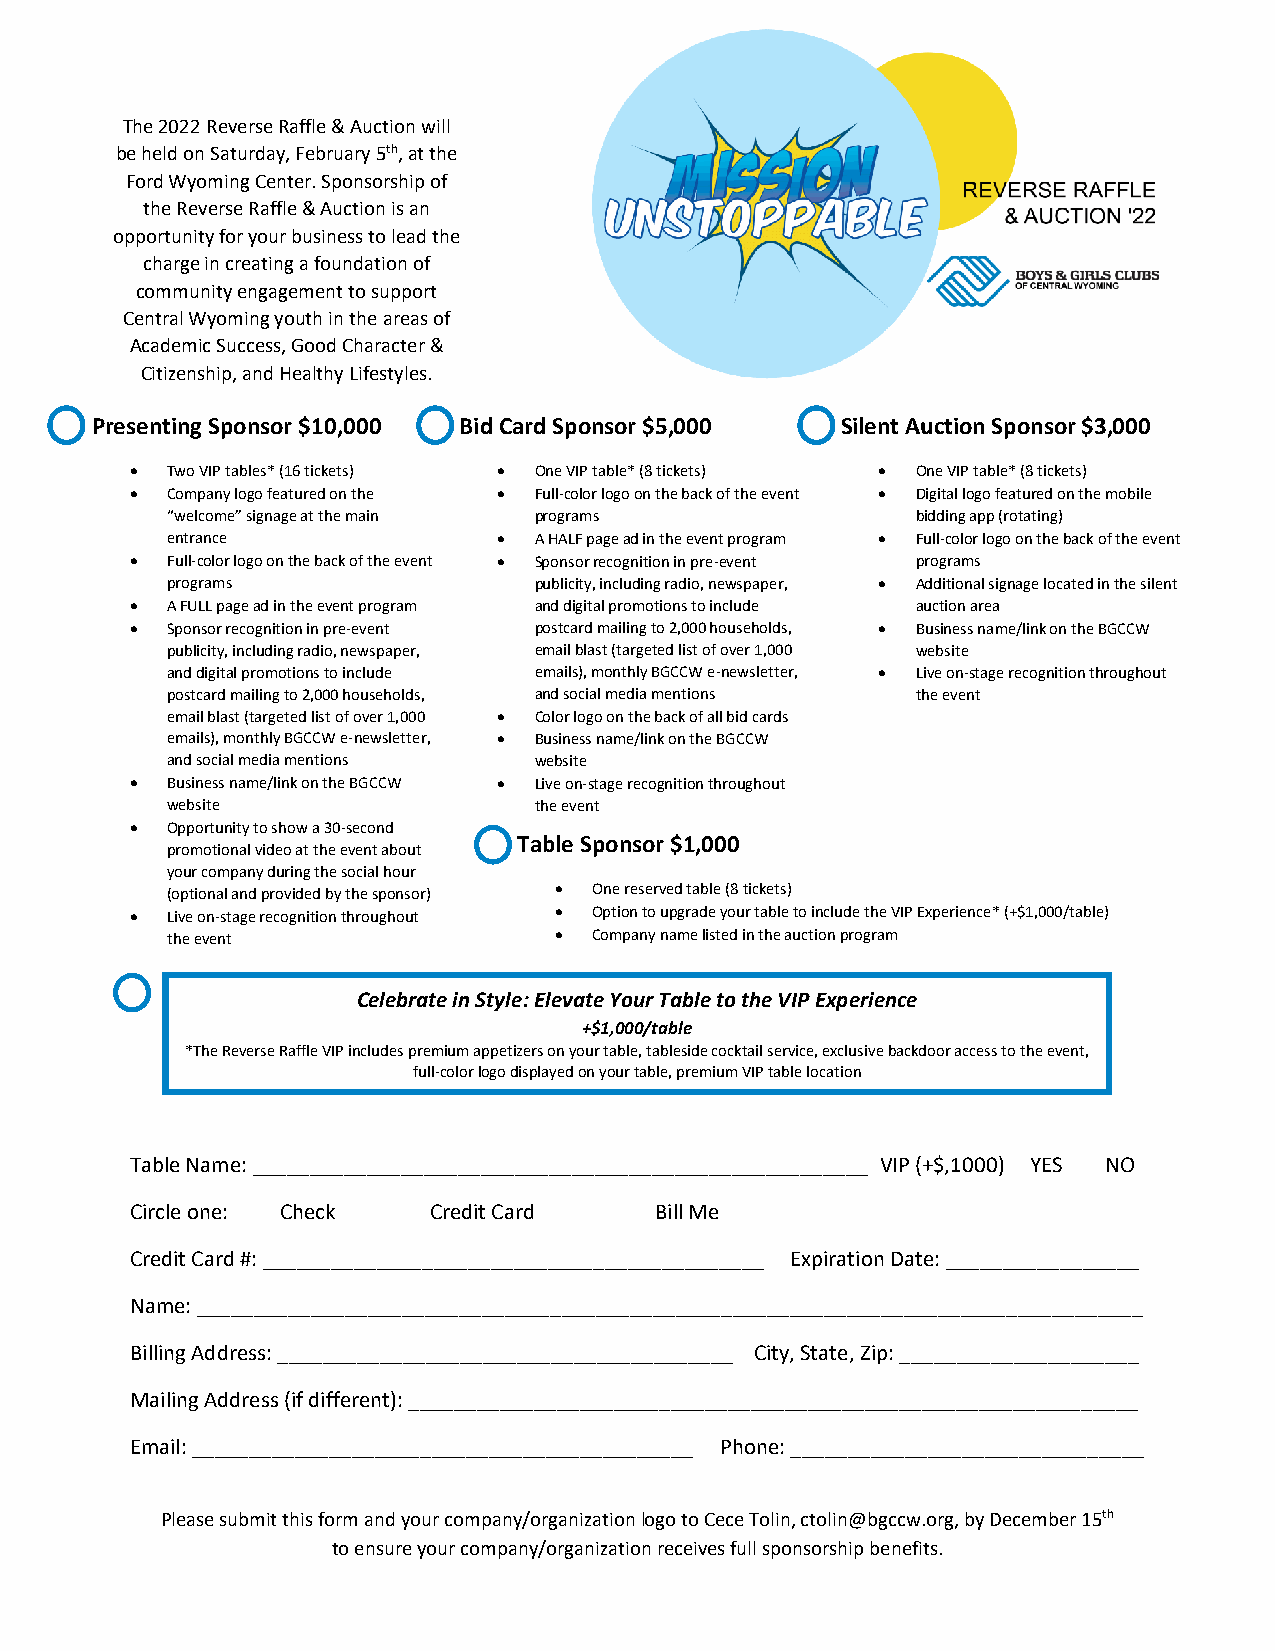
The 2022 Reverse Raffle & Auction will
 be held on Saturday, February 5th, at the
 Ford Wyoming Center. Sponsorship of
 the Reverse Raffle & Auction is an
 opportunity for your business to lead the
 charge in creating a foundation of
 community engagement to support
 Central Wyoming youth in the areas of
 Academic Success, Good Character &
 Citizenship, and Healthy Lifestyles.
 Presenting Sponsor $10,000 Bid Card Sponsor $5,000 Silent Auction Sponsor $3,000
 • Two VIP tables* (16 tickets) • One VIP table* (8 tickets) • One VIP table* (8 tickets)
 • Company logo featured on the • Full-color logo on the back of the event • Digital logo featured on the mobile
 “welcome” signage at the main programs            bidding app (rotating)
 entrance              • A HALF page ad in the event program • Full-color logo on the back of the event
 • Full-color logo on the back of the event • Sponsor recognition in pre-event programs
 programs                publicity, including radio, newspaper, • Additional signage located in the silent
 • A FULL page ad in the event program and digital promotions to include auction area
 • Sponsor recognition in pre-event postcard mailing to 2,000 households, • Business name/link on the BGCCW
 publicity, including radio, newspaper, email blast (targeted list of over 1,000 website
 and digital promotions to include emails), monthly BGCCW e-newsletter, • Live on-stage recognition throughout
 postcard mailing to 2,000 households, and social media mentions the event
 email blast (targeted list of over 1,000 • Color logo on the back of all bid cards
 emails), monthly BGCCW e-newsletter, • Business name/link on the BGCCW
 and social media mentions website
 • Business name/link on the BGCCW • Live on-stage recognition throughout
 website                 the event
 • Opportunity to show a 30-second
 Table Sponsor $1,000
 promotional video at the event about
 your company during the social hour
 (optional and provided by the sponsor) • One reserved table (8 tickets)
 • Live on-stage recognition throughout • Option to upgrade your table to include the VIP Experience* (+$1,000/table)
 the event                 • Company name listed in the auction program
 Celebrate in Style: Elevate Your Table to the VIP Experience
 +$1,000/table
 *The Reverse Raffle VIP includes premium appetizers on your table, tableside cocktail service, exclusive backdoor access to the event,
 full-color logo displayed on your table, premium VIP table location
 Table Name: ______________________________________________________ VIP (+$,1000) YES NO
 Circle one: Check  Credit Card    Bill Me
 Credit Card #: ____________________________________________ Expiration Date: _________________
 Name: ___________________________________________________________________________________
 Billing Address: ________________________________________ City, State, Zip: _____________________
 Mailing Address (if different): ________________________________________________________________
 Email: ____________________________________________ Phone: _______________________________
 Please submit this form and your company/organization logo to Cece Tolin, ctolin@bgccw.org, by December 15th
 to ensure your company/organization receives full sponsorship benefits.